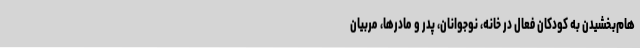
هام‌بخشیدن به کودکان فعال در خانه، نوجوانان، پدر و مادرها، مربیان